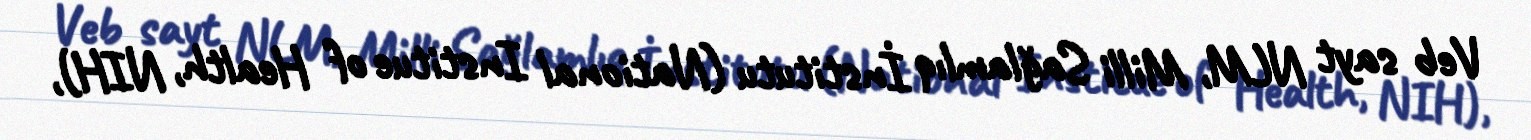
Veb sayt NLM, Milli Sağlamlıq İnstitutu (National Institue of Health, NIH),